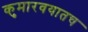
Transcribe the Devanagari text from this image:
कुमारवयातच